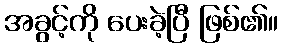
အခွင့်ကို ပေးခဲ့ပြီ ဖြစ်၏။